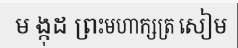
ម ង្កុដ ព្រះមហាក្សត្រ សៀម